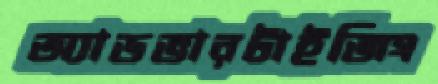
অ্যাডভারটাইজিং